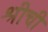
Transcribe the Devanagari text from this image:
श्रीची